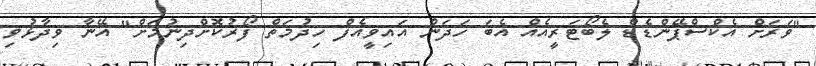
"ވަރަށް އެކްސްޕޭންޑެޑް ލެބޯޓަރީއެއް އެބަ ހަދަން އައިވީއެފް ހިދުމަތް ފޯރުކޮށްދިނުމަށް" އޭނާ ވިދާޅުވި